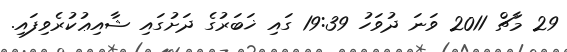
29 މާޗް 2011 ވަނަ ދުވަހު 19:39 ގައި ޚަބަރުގެ ދަށުގައި ޝާއިޢުކުރެވިފައި.